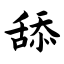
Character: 舔